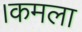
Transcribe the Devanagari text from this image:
।कमला